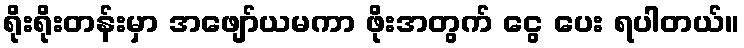
ရိုးရိုးတန်းမှာ အဖျော်ယမကာ ဖိုးအတွက် ငွေ ပေး ရပါတယ်။